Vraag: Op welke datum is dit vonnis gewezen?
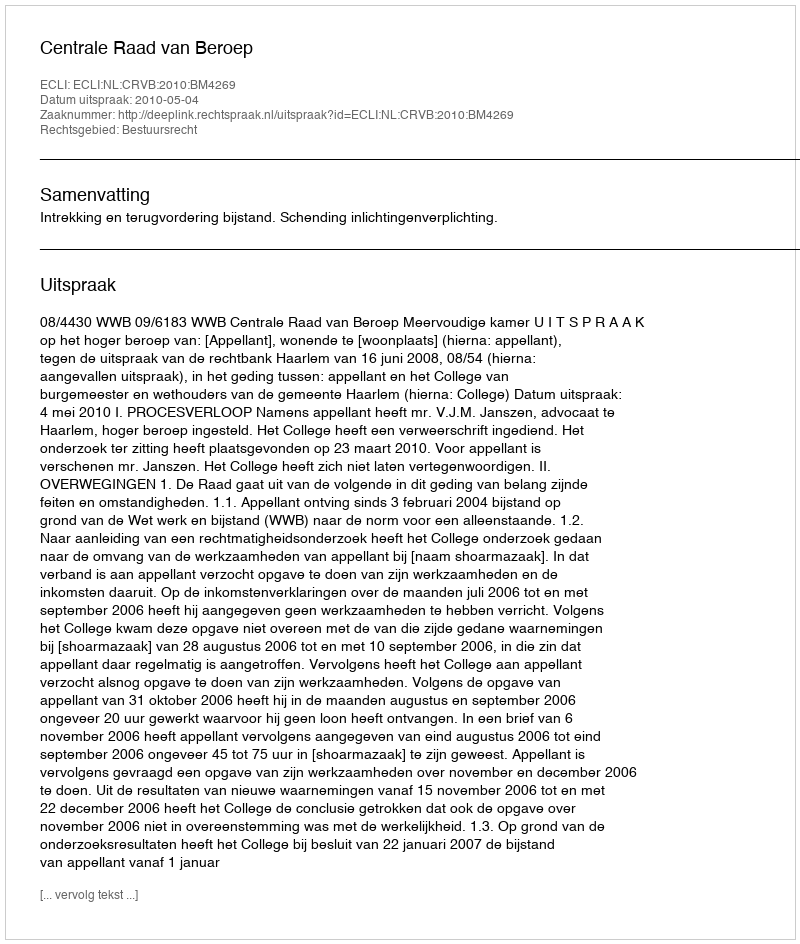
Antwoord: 2010-05-04